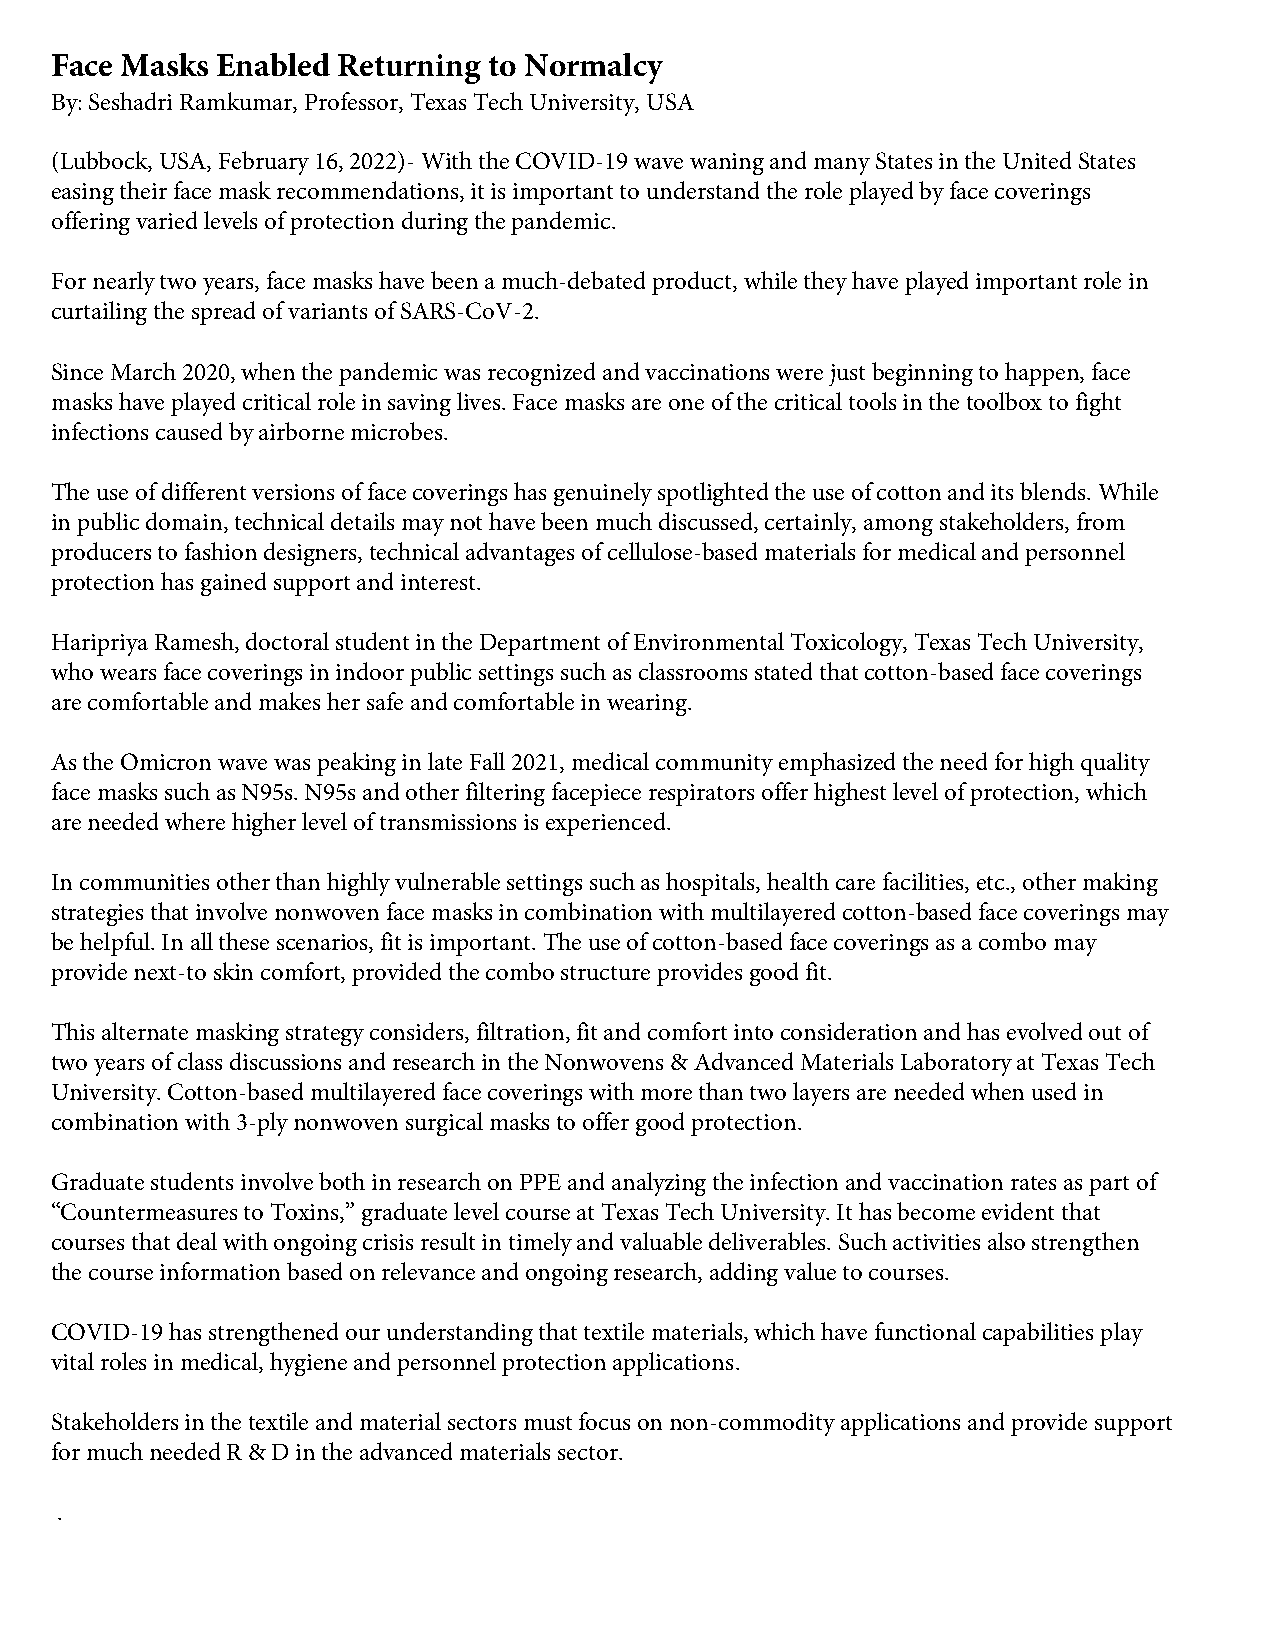
Face Masks Enabled Returning to Normalcy
 By: Seshadri Ramkumar, Professor, Texas Tech University, USA
 (Lubbock, USA, February 16, 2022)- With the COVID-19 wave waning and many States in the United States
 easing their face mask recommendations, it is important to understand the role played by face coverings
 offering varied levels of protection during the pandemic.
 For nearly two years, face masks have been a much-debated product, while they have played important role in
 curtailing the spread of variants of SARS-CoV-2.
 Since March 2020, when the pandemic was recognized and vaccinations were just beginning to happen, face
 masks have played critical role in saving lives. Face masks are one of the critical tools in the toolbox to fight
 infections caused by airborne microbes.
 The use of different versions of face coverings has genuinely spotlighted the use of cotton and its blends. While
 in public domain, technical details may not have been much discussed, certainly, among stakeholders, from
 producers to fashion designers, technical advantages of cellulose-based materials for medical and personnel
 protection has gained support and interest.
 Haripriya Ramesh, doctoral student in the Department of Environmental Toxicology, Texas Tech University,
 who wears face coverings in indoor public settings such as classrooms stated that cotton-based face coverings
 are comfortable and makes her safe and comfortable in wearing.
 As the Omicron wave was peaking in late Fall 2021, medical community emphasized the need for high quality
 face masks such as N95s. N95s and other filtering facepiece respirators offer highest level of protection, which
 are needed where higher level of transmissions is experienced.
 In communities other than highly vulnerable settings such as hospitals, health care facilities, etc., other making
 strategies that involve nonwoven face masks in combination with multilayered cotton-based face coverings may
 be helpful. In all these scenarios, fit is important. The use of cotton-based face coverings as a combo may
 provide next-to skin comfort, provided the combo structure provides good fit.
 This alternate masking strategy considers, filtration, fit and comfort into consideration and has evolved out of
 two years of class discussions and research in the Nonwovens & Advanced Materials Laboratory at Texas Tech
 University. Cotton-based multilayered face coverings with more than two layers are needed when used in
 combination with 3-ply nonwoven surgical masks to offer good protection.
 Graduate students involve both in research on PPE and analyzing the infection and vaccination rates as part of
 “Countermeasures to Toxins,” graduate level course at Texas Tech University. It has become evident that
 courses that deal with ongoing crisis result in timely and valuable deliverables. Such activities also strengthen
 the course information based on relevance and ongoing research, adding value to courses.
 COVID-19 has strengthened our understanding that textile materials, which have functional capabilities play
 vital roles in medical, hygiene and personnel protection applications.
 Stakeholders in the textile and material sectors must focus on non-commodity applications and provide support
 for much needed R & D in the advanced materials sector.
 .